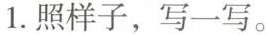
1. 照样子，写一写。